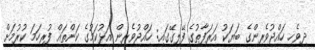
ދިވެހި ހައްޖުވެރިންގެ ބަޔަކު އަރަފާތުގެ ފޭލިގޭގައި: ހައްޖުވެރިން އަޅުކަމުގެ ކަންތައް ފުރިހަމަ ކުރުމަށް